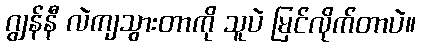
ဂျွန်နီ လဲကျသွားတာကို သူပဲ မြင်လိုက်တာပဲ။